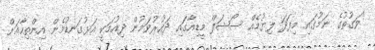
"ވަގުތުގެ ނަމުގައި މިފަދަ ލިޔުމެއް ސޯޝަލް މީޑިއާގައި ދައުރުވަމުން ދިއުމަކީ އަޅުގަނޑުމެން އިންތިހާއަށް